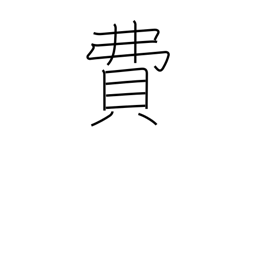
Meaning: expense